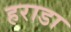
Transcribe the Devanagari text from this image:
हराडा